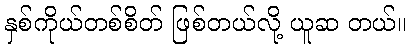
နှစ်ကိုယ်တစ်စိတ် ဖြစ်တယ်လို့ ယူဆ တယ်။